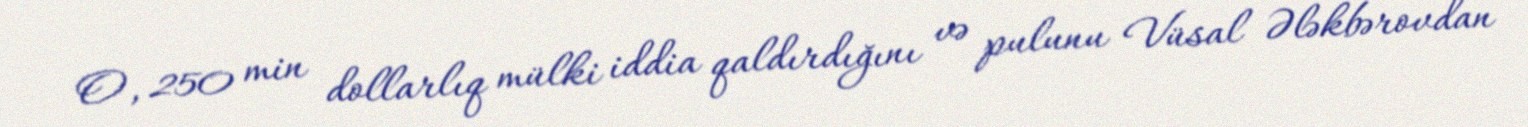
O, 250 min dollarlıq mülki iddia qaldırdığını və pulunu Vüsal Ələkbərovdan